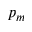
p _ { m }